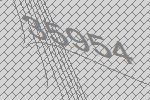
35954